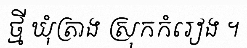
ថ្មី ឃុំត្រាង ស្រុកកំរៀង ។